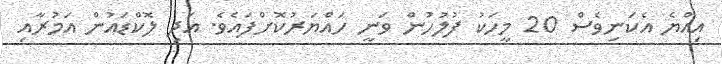
އިއްޔެ އެކަނިވެސް 20 މީހަކު ފުލުހުން ވަނީ ހައްޔަރުކޮށްފައެވެ. އަދި ލޮކްޑައުން އަމުރާއި